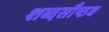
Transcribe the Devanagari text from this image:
शब्दसौष्ठव